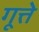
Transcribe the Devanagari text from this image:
गूत्ते